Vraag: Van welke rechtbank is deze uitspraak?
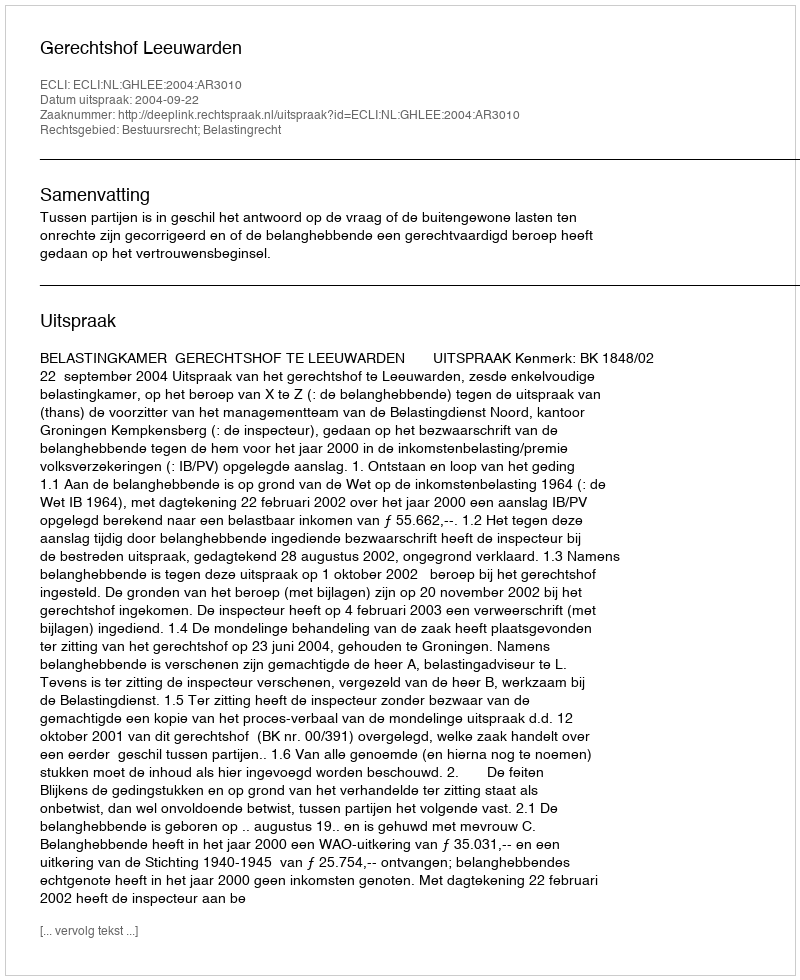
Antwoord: Gerechtshof Leeuwarden